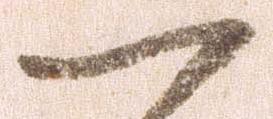
一